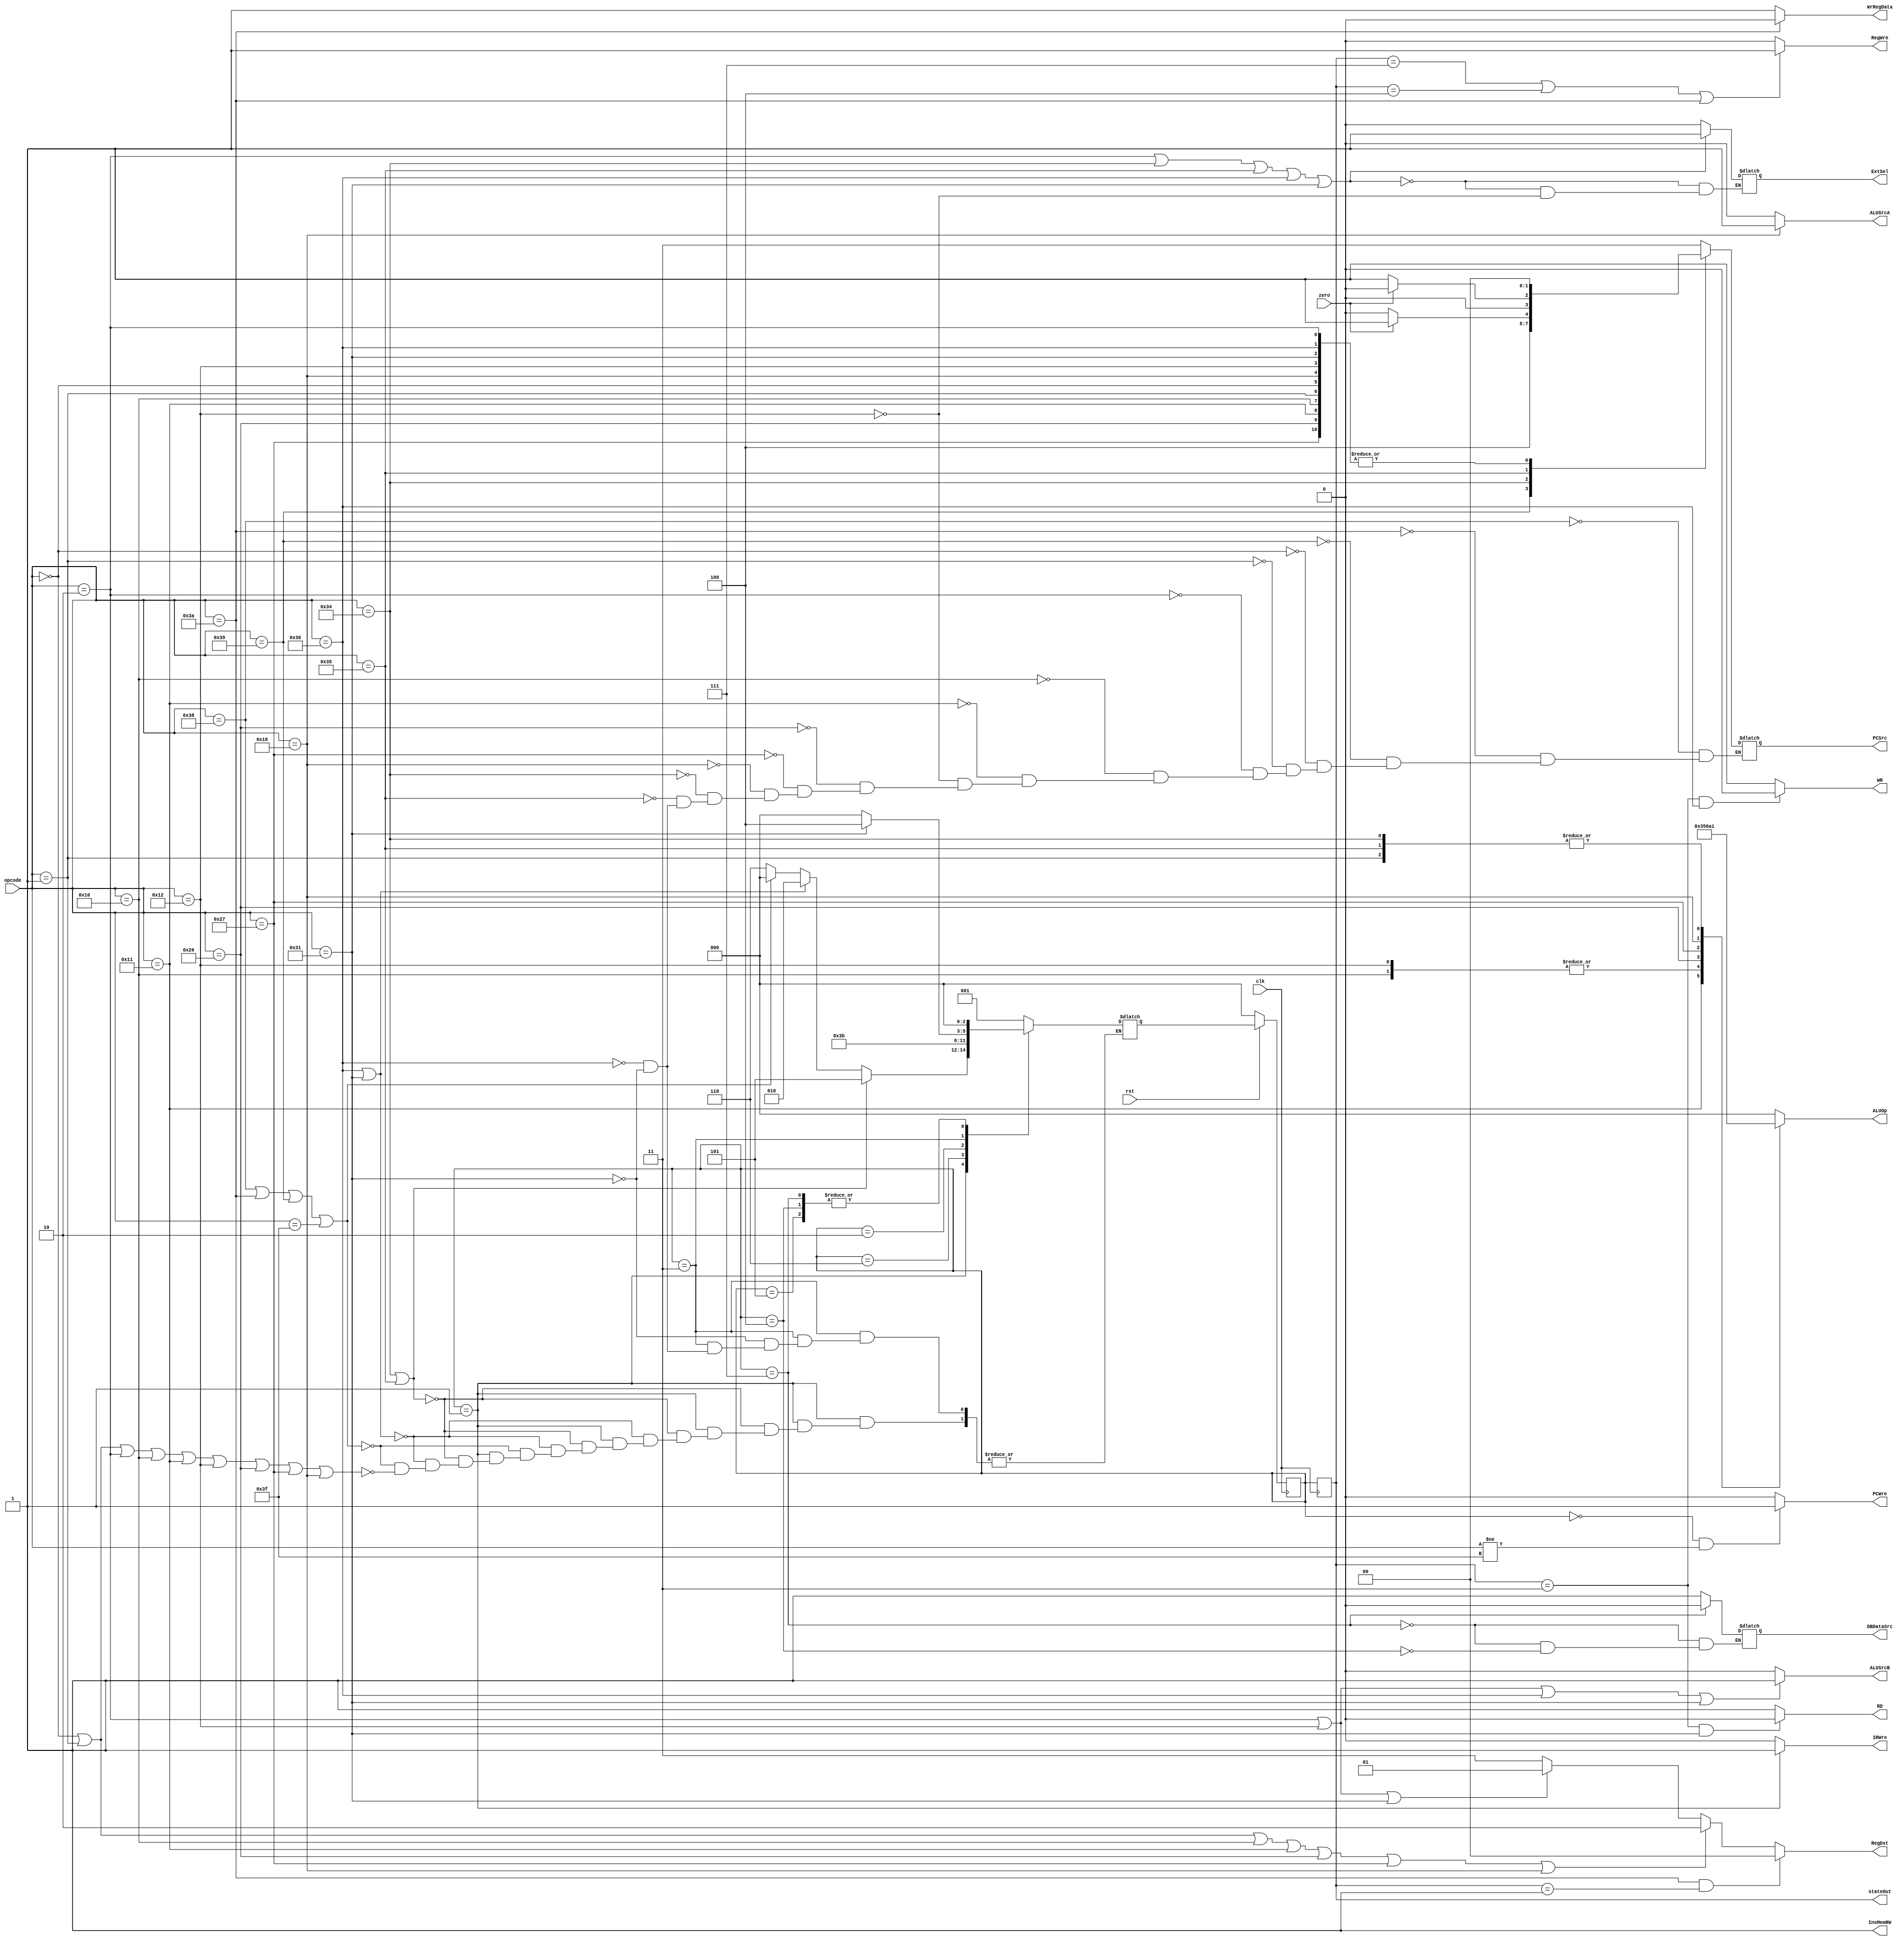
`timescale 1ns / 1ps
//////////////////////////////////////////////////////////////////////////////////
// Company: 
// Engineer: 
// 
// Design Name: 
// Module Name: control
// Project Name: 
// Target Devices: 
// Tool Versions: 
// Description: 
// 
// Dependencies: 
// 
// Revision:
// Revision 0.01 - File Created
// Additional Comments:
// 
//////////////////////////////////////////////////////////////////////////////////

module control(
    input clk,rst,zero,
    input [5:0] opcode,
    output reg ExtSel,PCWre,InsMemRW,IRWre,WrRegData,RegWre,ALUSrcA,ALUSrcB,WR,RD,DBDataSrc,
    output reg [2:0] ALUOp,stateOut,
    output reg [1:0] RegDst,PCSrc
    );
    reg [2:0] state,nextstate;
    parameter [5:0] insAdd = 6'b000000,
                      insSub = 6'b000001,
                      insAddi = 6'b000010,
                      insOr = 6'b010000,
                      insAnd = 6'b010001,
                      insOri = 6'b010010,
                      insSll = 6'b011000,
                      insSlt = 6'b100110,
                      insSltu = 6'b100111,
                      insSw = 6'b110000,
                      insLw = 6'b110001,
                      insBeq = 6'b110100,
                      insBne = 6'b110101,
                      insJ = 6'b111000,
                      insJr = 6'b111001,
                      insJal = 6'b111010,
                      insHalt = 6'b111111;
    initial begin
        ExtSel = 1'bx;
        PCWre = 0;
        ALUSrcA = 1'bx;
        ALUSrcB = 1'bx;
        InsMemRW = 1'bx;
        WrRegData = 1'bx;
        RegWre = 1'bx;
        IRWre = 0;
        RegDst = 2'bxx;
        PCSrc = 2'bxx;
        RD = 1;
        WR = 1;
        ALUOp = 3'bxxx;
        state = 3'b000;
        stateOut = state;
        nextstate = 3'b001;
    end
    always @(posedge clk) begin
        if(rst == 0)
            state <= 3'b000;
        else
            state <= nextstate;
         stateOut = state;
    end
    always@(state or opcode) begin
        case(state)
            3'b000:begin
                nextstate <= 3'b001;
            end
            3'b001:begin
                if((opcode == insBeq )||(opcode == insBne))
                    nextstate = 3'b101;
                else if(opcode == insSw || opcode == insLw)
                    nextstate = 3'b010;
                else if(opcode == insJ || opcode == insJal ||opcode == insJr || opcode == insHalt)
                    nextstate = 3'b000;
                else if(opcode == insAdd || opcode == insSub || opcode == insAddi || opcode == insOr||opcode == insAnd||opcode== insOri||opcode == insSlt||opcode==insSltu||opcode == insSll)
                    nextstate = 3'b110;
            end
            3'b110:begin
                nextstate = 3'b111;
            end
            3'b101:begin
                nextstate = 3'b000;
            end
            3'b010:begin
                nextstate = 3'b011;
            end
            3'b011:begin
                if(opcode == insLw)
                    nextstate = 3'b100;
                else if(opcode == insSw)
                    nextstate = 3'b000;
            end
            3'b111:begin
                nextstate = 3'b000;
            end
            3'b100:begin
                nextstate = 3'b000;
            end
        endcase 
        end
        
    always@(state) begin
        //IRWre
        if(state == 3'b001) IRWre = 1;
        else IRWre = 0;
        //PCWre
        if(state == 3'b000 && opcode != insHalt)
            PCWre = 1;
        else
            PCWre = 0;
        //InsMemRW
        InsMemRW = 1;
        //ExtSel
        if(opcode == insAddi || opcode == insBeq || opcode == insBne || opcode == insSw || opcode == insLw) ExtSel = 1;
        else if(opcode == insOri) ExtSel = 0;
        //ALUSrcA
        //if(state == 3'b110 || state == 3'b101)begin
            if(opcode == insSll) ALUSrcA = 1'b1;
            else ALUSrcA = 1'b0;
        //end
       //ALUSrcB
        if(opcode == insAddi || opcode == insOri || opcode == insSw || opcode == insLw)
            ALUSrcB = 1'b1;
        else ALUSrcB = 1'b0;
        //WrRegData
        if(opcode == insJal) WrRegData = 0;
        else WrRegData = 1;   
        // RegWre
        if(stateOut == 3'b111 || stateOut == 3'b100 ||(opcode == insJal))
            RegWre = 1;
        else RegWre = 1'b0;
        //RegDst

        if(opcode == insJal && stateOut == 3'b001) RegDst = 2'b00;
        else if(opcode == insAdd || opcode == insSub || opcode == insOr || opcode == insAnd || opcode == insSlt || opcode == insSltu || opcode == insSll)
                RegDst = 2'b10;
        else if(opcode == insAddi || opcode == insOri || opcode == insLw) RegDst = 2'b01;
        else RegDst = 2'b11;

        //PCSrc
        case(opcode)
        insJ:PCSrc = 2'b11;
        insJal:PCSrc = 2'b11;
        insJr:PCSrc = 2'b10;
        insAdd:PCSrc = 2'b00;
        insSub:PCSrc = 2'b00;
        insAddi:PCSrc = 2'b00;
        insOr:PCSrc = 2'b00;
        insAnd:PCSrc = 2'b00;
        insOri:PCSrc = 2'b00;
        insSlt:PCSrc = 2'b00;
        insSltu:PCSrc = 2'b00;
        insSll:PCSrc = 2'b00;
        insBeq:begin
        if(zero == 0) begin PCSrc = 2'b00; end
        else if(zero == 1) begin PCSrc = 2'b01; end
        end
        insBne:begin
        if(zero == 0) begin PCSrc = 2'b01;end
        else if(zero == 1) begin PCSrc = 2'b00;end
        end
        insSw:PCSrc = 2'b00;
        insLw:PCSrc = 2'b00;
        endcase
        //RD
        if(stateOut == 3'b011 && opcode == insLw) RD = 0;
        else RD = 1;
        //WR
        if(stateOut == 3'b011 && opcode == insSw) WR = 0;
        else WR = 1;
        //ALUOp
        case(opcode)
            insAdd: ALUOp = 3'b000;
            insSub: ALUOp = 3'b001;
            insAddi: ALUOp = 3'b000;
            insOr: ALUOp = 3'b101;
            insAnd: ALUOp = 3'b110;
            insOri: ALUOp = 3'b101;
            insSlt: ALUOp = 3'b011;
            insSltu: ALUOp = 3'b010;
            insSll: ALUOp = 3'b100;
            insBne: ALUOp = 3'b001;
            insBeq: ALUOp = 3'b001;
            default:ALUOp =3'b000;
        endcase
        //DBDataSrc
        if(state == 3'b111) DBDataSrc = 0;
        else if(state == 3'b100) DBDataSrc = 1;
    end
endmodule